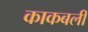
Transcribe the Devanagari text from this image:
काकबली